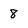
Character: 8